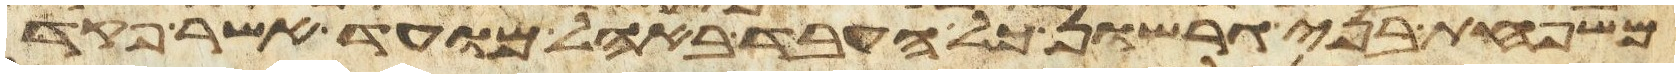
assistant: משפחת בני גרשון כל העבד באהל מועד אשר פקד